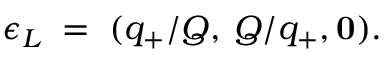
\epsilon _ { L } \; = \; ( q _ { + } / Q , \: Q / q _ { + } , { \bf 0 } ) .